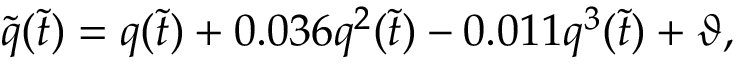
\begin{array} { r } { \Tilde { q } ( \Tilde { t } ) = q ( \Tilde { t } ) + 0 . 0 3 6 q ^ { 2 } ( \Tilde { t } ) - 0 . 0 1 1 q ^ { 3 } ( \Tilde { t } ) + \vartheta , } \end{array}